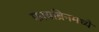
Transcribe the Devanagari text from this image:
फायब्रिनमध्ये